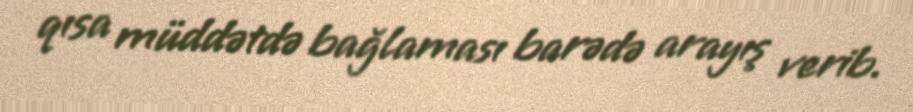
qısa müddətdə bağlaması barədə arayış verib.